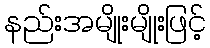
နည်းအမျိုးမျိုးဖြင့်